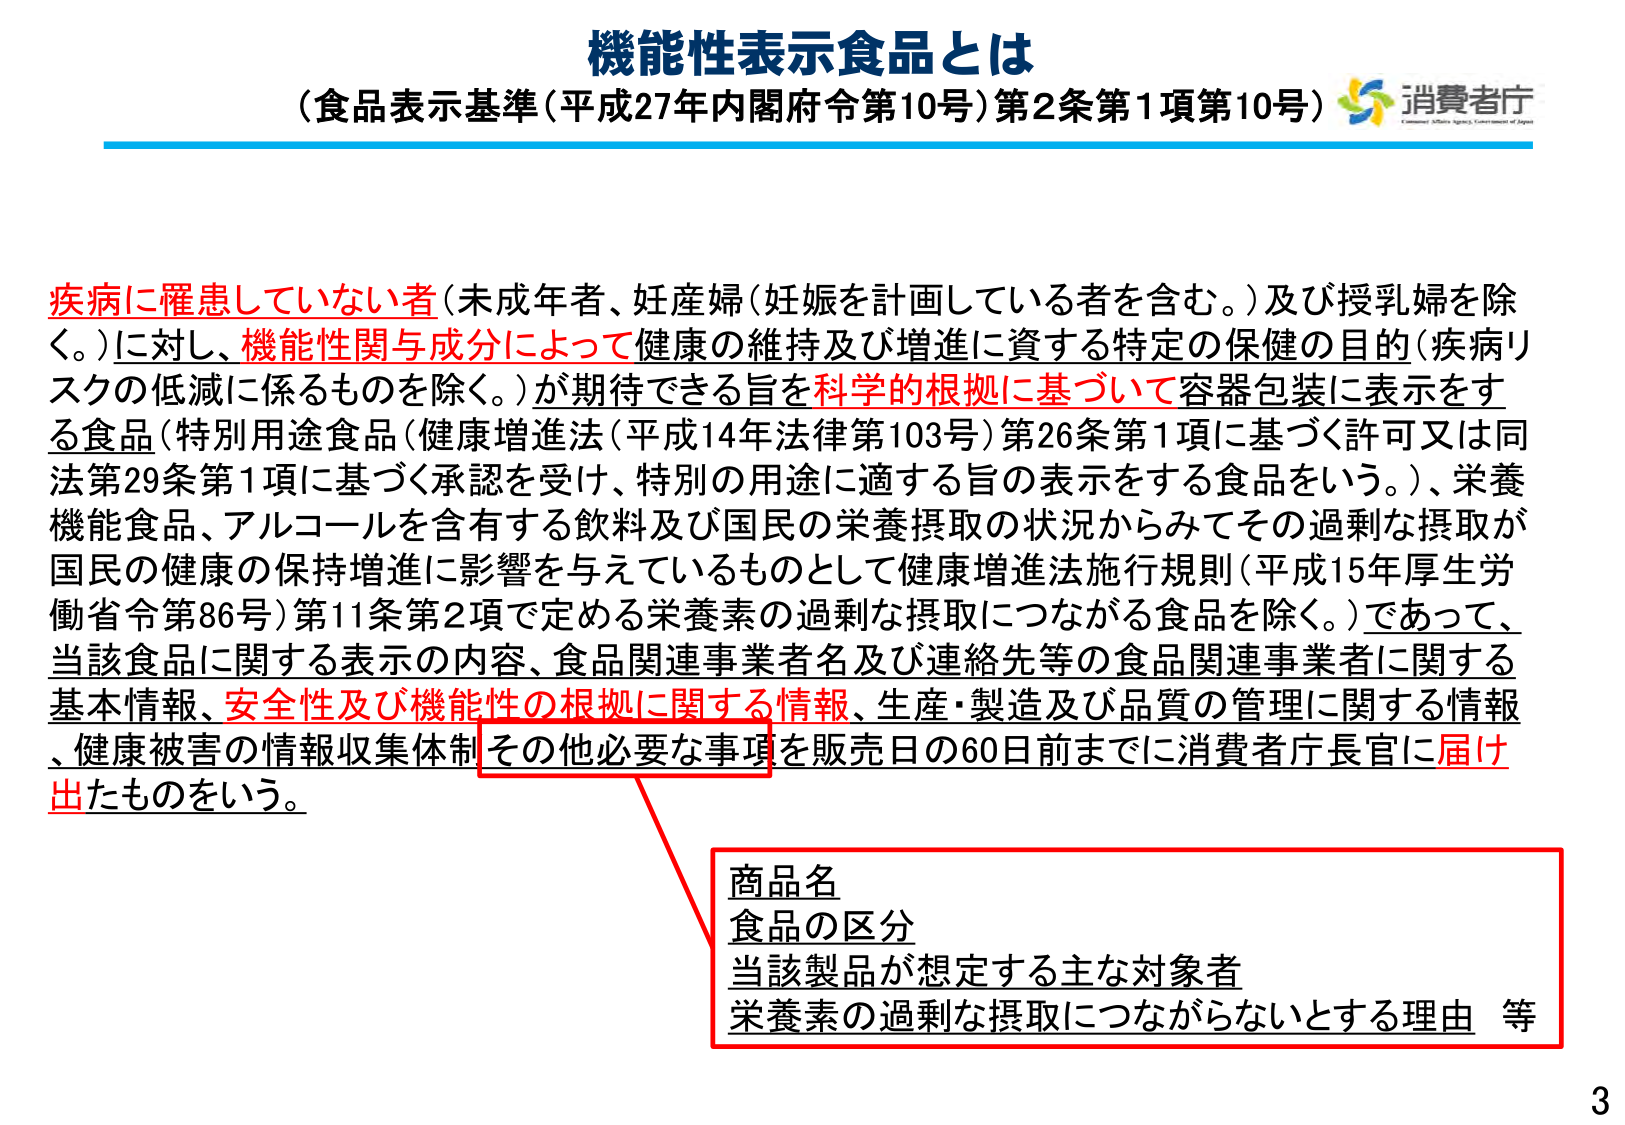
機能性表示食品とは
（食品表示基準（平成27年内閣府令第10号）第2条第1項第10号）
消費者庁

疾病に罹患していない者（未成年者、妊産婦（妊娠を計画している者を含む。）及び授乳婦を除く。）に対し、機能性関与成分によって健康の維持及び増進に資する特定の保健の目的（疾病リスクの低減に係るものを除く。）が期待できる旨を科学的根拠に基づいて容器包装に表示をする食品（特別用途食品（健康増進法（平成14年法律第103号）第26条第1項に基づく許可又は同法第29条第1項に基づく承認を受け、特別の用途に適する旨の表示をする食品をいう。）、栄養機能食品、アルコールを含有する飲料及び国民の栄養摂取の状況からみてその過剰な摂取が国民の健康の保持増進に影響を与えているものとして健康増進法施行規則（平成15年厚生労働省令第86号）第11条第2項で定める栄養素の過剰な摂取につながる食品を除く。）であって、当該食品に関する表示の内容、食品関連事業者名及び連絡先等の食品関連事業者に関する基本情報、安全性及び機能性の根拠に関する情報、生産・製造及び品質の管理に関する情報、健康被害の情報収集体制その他必要な事項を販売日の60日前までに消費者庁長官に届け出たものをいう。

商品名
食品の区分
当該製品が想定する主な対象者
栄養素の過剰な摂取につながらないとする理由 等

3